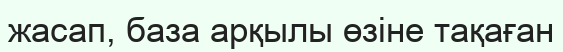
жасап, база арқылы өзіне тақаған